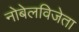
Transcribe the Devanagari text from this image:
नोबेलविजेता